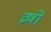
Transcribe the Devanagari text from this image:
व्रषों